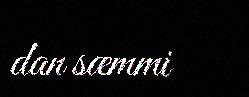
dan sæmmi